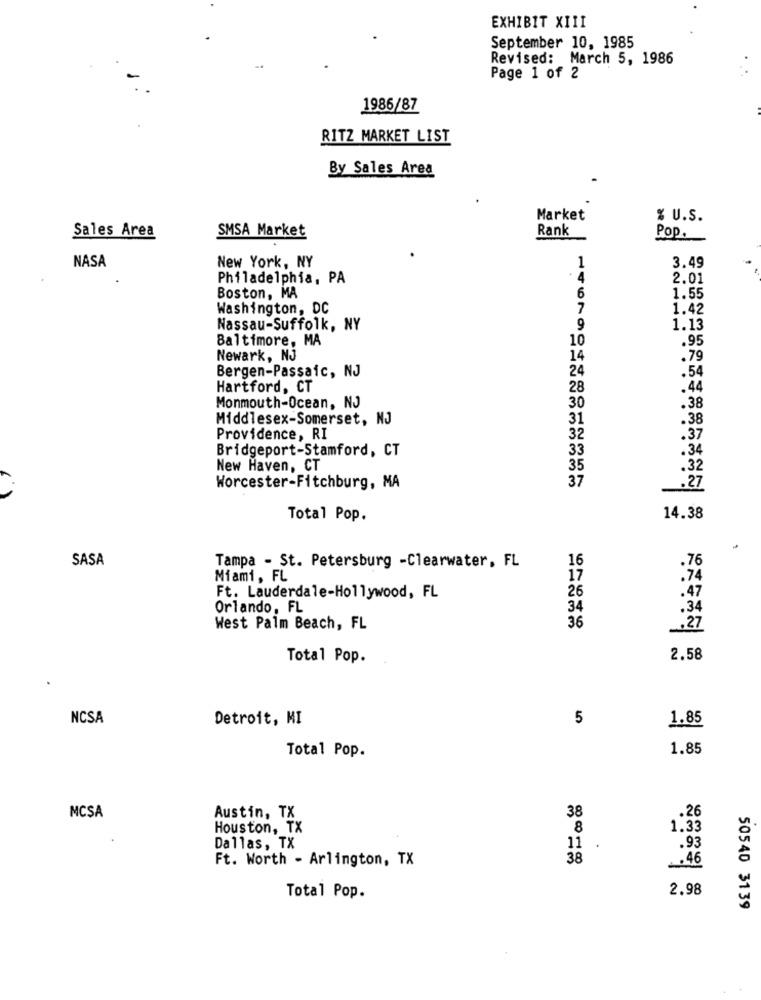
EXHIBIT XIII
September 10, 1985
Revised: March 5, 1986
Page 1 of 2
1986/87
RITZ MARKET LIST
By Sales Area
Market
% U.S.
Sales Area
SMSA Market
Rank
Pop.
NASA
New York, NY
1
3.49
Philadelphia, PA
4
2.01
Boston, MA
6
1.55
Washington, DC
7
1.42
Nassau-Suffolk, NY
9
1.13
Baltimore, MA
10
.95
Newark, NJ
14
.79
Bergen-Passaic, NJ
24
.54
Hartford, CT
28
.44
Monmouth-Ocean, NJ
30
.38
Middlesex-Somerset, NJ
31
.38
Providence, RI
32
.37
Bridgeport-Stamford, CT
33
.34
New Haven, CT
35
.32
37
Worcester-Fitchburg, MA
.27
Total Pop.
14.38
SASA
16
Tampa - St. Petersburg -Clearwater, FL
.76
Miami, FL
17
.74
26
Ft. Lauderdale-Hollywood, FL
.47
Orlando, FL
34
.34
36
West Palm Beach, FL
.27
Total Pop.
2.58
NCSA
Detroit, MI
5
1.85
1.85
Total Pop.
38
.26
MCSA
Austin, TX
Houston, TX
8
1.33
Dallas, TX
11
.93
Ft. Worth - Arlington, TX
38
.46
2.98
Total Pop.
50540 3139